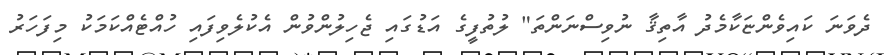
ދެވަނަ ކައިވެންޏަކާމެދު އާތިޤާ ނުވިސްނަންތަ" ލުތުފީގެ އަޑުގައި ޖެހިލުންވުން އެކުލެވިފައި ހުއްޓެއްކަމަކު މިފަހަރު